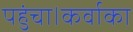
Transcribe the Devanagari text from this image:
पहुंचा।कर्वाका